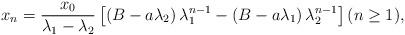
LaTeX: \begin{align*}x_n=\frac{x_0}{\lambda_1-\lambda_2}\left[\left(B-a\lambda_2\right)\lambda_1^{n-1}-\left(B-a\lambda_1\right)\lambda_2^{n-1}\right](n\geq 1),\end{align*}